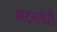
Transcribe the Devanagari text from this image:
मटनचेरी